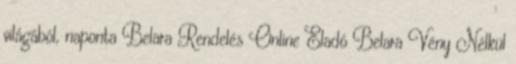
világából, naponta Belara Rendelés Online Eladó Belara Vény Nélkül